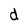
Character: d